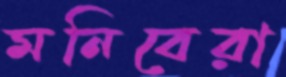
মনিবেরা